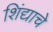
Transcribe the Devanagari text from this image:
शिंद्याचे